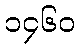
၁၄၆၀